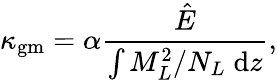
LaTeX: \kappa_{\mathrm{gm}}=\alpha\frac{\hat{E}}{\int M_{L}^{2}/N_{L}\; \mathrm{d}z},